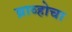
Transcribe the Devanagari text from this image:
ब्राव्होचा